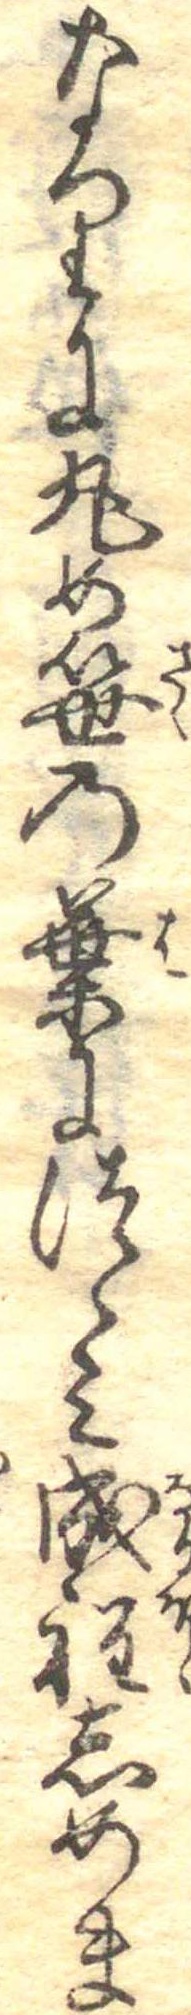
なりに丸め笹の葉につゝみ成程しめま